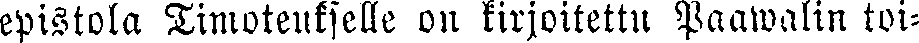
epistola Timoteukselle on kirjoitettu Paawalin toi-